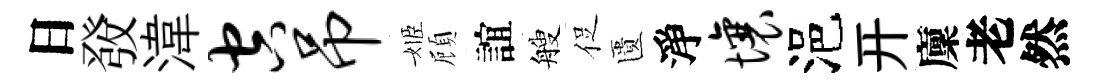
日𤼲湋空吊姬頋誼艘促匱淨壤浥开廩老然